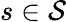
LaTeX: s\in\mathcal S